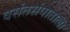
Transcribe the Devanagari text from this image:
वसंतसंपाताला